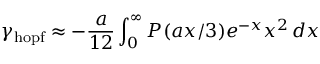
\gamma _ { \mathrm { h o p f } } \approx - \frac { a } { 1 2 } \int _ { 0 } ^ { \infty } P ( a x / 3 ) e ^ { - x } x ^ { 2 } \, d x